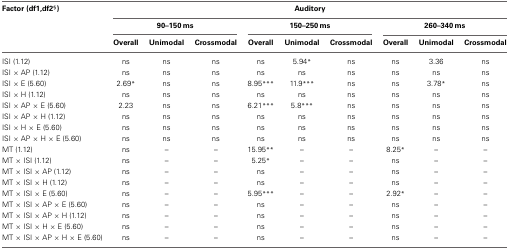
<table><thead><tr><td><b>Factor (df1,df2<sup>§</sup>)</b></td><td colspan="9"><b>Auditory</b></td></tr><tr><td></td><td colspan="3"><b>90–150 ms</b></td><td colspan="3"><b>150–250 ms</b></td><td colspan="3"><b>260–340 ms</b></td></tr><tr><td></td><td><b>Overall</b></td><td><b>Unimodal</b></td><td><b>Crossmodal</b></td><td><b>Overall</b></td><td><b>Unimodal</b></td><td><b>Crossmodal</b></td><td><b>Overall</b></td><td><b>Unimodal</b></td><td><b>Crossmodal</b></td></tr></thead><tbody><tr><td>ISI (1.12)</td><td>ns</td><td>ns</td><td>ns</td><td>ns</td><td>5.94<sup>*</sup></td><td>ns</td><td>ns</td><td>3.36</td><td>ns</td></tr><tr><td>ISI × AP (1.12)</td><td>ns</td><td>ns</td><td>ns</td><td>ns</td><td>ns</td><td>ns</td><td>ns</td><td>ns</td><td>ns</td></tr><tr><td>ISI × E (5.60)</td><td>2.69<sup>*</sup></td><td>ns</td><td>ns</td><td>8.95<sup>***</sup></td><td>11.9<sup>***</sup></td><td>ns</td><td>ns</td><td>3.78<sup>*</sup></td><td>ns</td></tr><tr><td>ISI × H (1.12)</td><td>ns</td><td>ns</td><td>ns</td><td>ns</td><td>ns</td><td>ns</td><td>ns</td><td>ns</td><td>ns</td></tr><tr><td>ISI × AP × E (5.60)</td><td>2.23</td><td>ns</td><td>ns</td><td>6.21<sup>***</sup></td><td>5.8<sup>***</sup></td><td>ns</td><td>ns</td><td>ns</td><td>ns</td></tr><tr><td>ISI × AP × H (1.12)</td><td>ns</td><td>ns</td><td>ns</td><td>ns</td><td>ns</td><td>ns</td><td>ns</td><td>ns</td><td>ns</td></tr><tr><td>ISI × H × E (5.60)</td><td>ns</td><td>ns</td><td>ns</td><td>ns</td><td>ns</td><td>ns</td><td>ns</td><td>ns</td><td>ns</td></tr><tr><td>ISI × AP × H × E (5.60)</td><td>ns</td><td>ns</td><td>ns</td><td>ns</td><td>ns</td><td>ns</td><td>ns</td><td>ns</td><td>ns</td></tr><tr><td>MT (1.12)</td><td>ns</td><td>–</td><td>–</td><td>15.95<sup>**</sup></td><td>–</td><td>–</td><td>8.25<sup>*</sup></td><td>–</td><td>–</td></tr><tr><td>MT × ISI (1.12)</td><td>ns</td><td>–</td><td>–</td><td>5.25<sup>*</sup></td><td>–</td><td>–</td><td>ns</td><td>–</td><td>–</td></tr><tr><td>MT × ISI × AP (1.12)</td><td>ns</td><td>–</td><td>–</td><td>ns</td><td>–</td><td>–</td><td>ns</td><td>–</td><td>–</td></tr><tr><td>MT × ISI × H (1.12)</td><td>ns</td><td>–</td><td>–</td><td>ns</td><td>–</td><td>–</td><td>ns</td><td>–</td><td>–</td></tr><tr><td>MT × ISI × E (5.60)</td><td>ns</td><td>–</td><td>–</td><td>5.95<sup>***</sup></td><td>–</td><td>–</td><td>2.92<sup>*</sup></td><td>–</td><td>–</td></tr><tr><td>MT × ISI × AP × E (5.60)</td><td>ns</td><td>–</td><td>–</td><td>ns</td><td>–</td><td>–</td><td>ns</td><td>–</td><td>–</td></tr><tr><td>MT × ISI × AP × H (1.12)</td><td>ns</td><td>–</td><td>–</td><td>ns</td><td>–</td><td>–</td><td>ns</td><td>–</td><td>–</td></tr><tr><td>MT × ISI × H × E (5.60)</td><td>ns</td><td>–</td><td>–</td><td>ns</td><td>–</td><td>–</td><td>ns</td><td>–</td><td>–</td></tr><tr><td>MT × ISI × AP × H × E (5.60)</td><td>ns</td><td>–</td><td>–</td><td>ns</td><td>–</td><td>–</td><td>ns</td><td>–</td><td>–</td></tr></tbody></table>